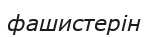
фашистерін